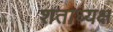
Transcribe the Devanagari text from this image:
शताध्यक्ष